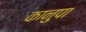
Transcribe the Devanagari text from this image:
कानुपा